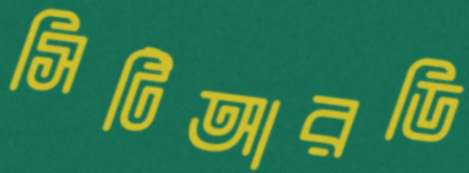
সিটিআরডি